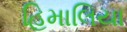
હિમાલિયા